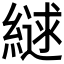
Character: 𮈹